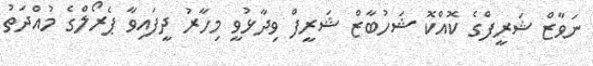
ނަވާޒް ޝަރީފްގެ ކޮއްކޮ ޝަހުބާޒް ޝަރީފް ވިދާޅުވީ މިހާރު ދީފައިވާ ޕެރޯލްގެ މުއްދަތު